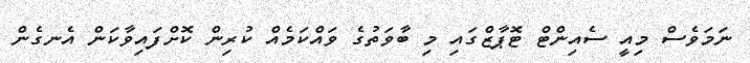
ނަމަވެސް މިއީ ސެއިންޓް ޓޮޕާޒްގައި މި ބާވަތުގެ ވައްކަމެއް ކުރިން ކޮށްފައިވާކަން އެނގެން